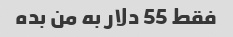
فقط 55 دلار به من بده